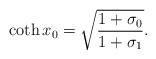
\begin{align*}\coth x_{0}=\sqrt{\frac{1+\sigma_{0}}{1+\sigma_{1}}}.\end{align*}